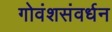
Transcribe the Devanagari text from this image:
गोवंशसंवर्धन